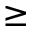
\ge